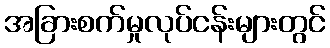
အခြားစက်မှုလုပ်ငန်းများတွင်